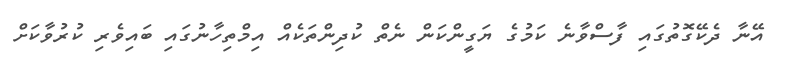
އޭނާ ދެކޭގޮތުގައި ފާސްވާނެ ކަމުގެ ޔަގީންކަން ނެތް ކުދިންތަކެއް އިމްތިހާނުގައި ބައިވެރި ކުރުވާކަށް